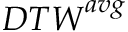
{ D T W } ^ { a v g }